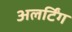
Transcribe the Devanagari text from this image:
अलर्टिंग